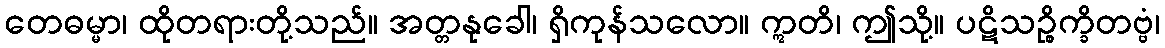
တေဓမ္မာ၊ ထိုတရားတို့သည်။ အတ္တနုခေါ၊ ရှိကုန်သလော။ ဣတိ၊ ဤသို့။ ပဋိသဉ္စိက္ခိတဗ္ဗံ၊